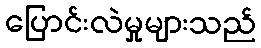
ပြောင်းလဲမှုများသည်